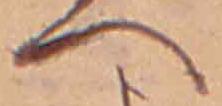
へ